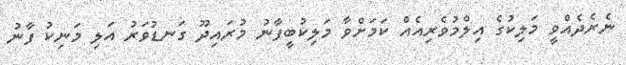
ނެރެދެއްވީ މަލިކުގެ އިލްމުވެރިއެއް ކަމަށްވާ މަލިކުބީފާނު މުރައިދޫ ގަނޑުވަރު އަލި މަނިކު ފާނު